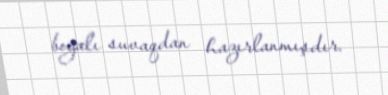
boyalı suvaqdan hazırlanmışdır.